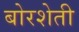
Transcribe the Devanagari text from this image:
बोरशेती